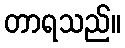
တာရသည်။